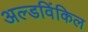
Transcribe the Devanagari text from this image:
अल्डविंकिल